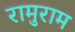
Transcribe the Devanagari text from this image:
रामुराम